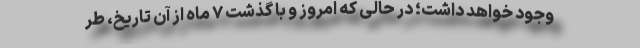
وجود خواهد داشت؛ در حالی که امروز و با گذشت ۷ ماه از آن تاریخ، طر